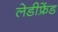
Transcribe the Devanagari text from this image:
लेडीफ्रेंड